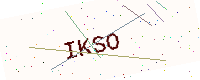
Text: IKSO